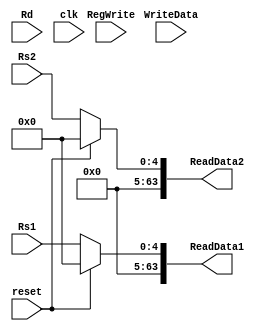

module registerFile
(
	input [4:0] Rs1,
	input [4:0] Rs2,
	input [4:0] Rd,
	input RegWrite, 
	input clk,
	input reset,
	input [63:0] WriteData,
	output reg [63:0] ReadData1,
	output reg [63:0] ReadData2
);

reg [63:0] Registers [31:0];

initial
  begin 
    Registers[0] = 64'hAD73;
    Registers[1] = 64'hB32;
    Registers[2] = 64'hC10;
    Registers[3] = 64'h9E4;
    Registers[4] = 64'hC23;
    Registers[5] = 64'hBB1;
    Registers[6] = 64'h7344;
    Registers[7] = 64'hD47;
    Registers[8] = 64'hB58;
    Registers[9] = 64'hCC4;
    Registers[10] = 64'hA10;
    Registers[11] = 64'hF11;
    Registers[12] = 64'hB12;
    Registers[13] = 64'hE13;
    Registers[14] = 64'hA14;
    Registers[15] = 64'hE15;
    Registers[16] = 64'hBA16;
    Registers[17] = 64'hCA17;
    Registers[18] = 64'hFA18;
    Registers[19] = 64'hBC19;
    Registers[20] = 64'hDA20;
    Registers[21] = 64'hBA21;
    Registers[22] = 64'hFF22;
    Registers[23] = 64'hE23;
    Registers[24] = 64'hCA24;
    Registers[25] = 64'hAB25;
    Registers[26] = 64'hAA26;
    Registers[27] = 64'hE27;
    Registers[28] = 64'hDC28;
    Registers[29] = 64'hBC29;
    Registers[30] = 64'hAC30;
    Registers[31] = 64'hFC31;
  end
  
  always@ (posedge clk)
  begin
    if (RegWrite == 1)
      begin
        Registers[Rd] = WriteData;
      end
  end
  
  always@ (Rs1, Rs2, reset)
  begin
    ReadData1 = Rs1;
    ReadData2 = Rs2;
    if (reset == 1)
      begin
        ReadData1 = 64'b0;
        ReadData2 = 64'b0;
      end
  end
      
    
  
endmodule